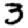
Digit: 3